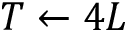
T \gets 4 L